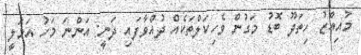
މުއިއްޒު ހިތަދޫ ބޮޑު މަގުން ވެހިކަލްތަކެއް ދުއްވާފައި ދަނީ: އަންނަ މަހު އަމަލީ